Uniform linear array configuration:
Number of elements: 32
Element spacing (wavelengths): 0.5
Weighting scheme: blackman
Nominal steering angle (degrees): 15
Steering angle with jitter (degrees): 15.41
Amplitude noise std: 0.05
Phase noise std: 0.05

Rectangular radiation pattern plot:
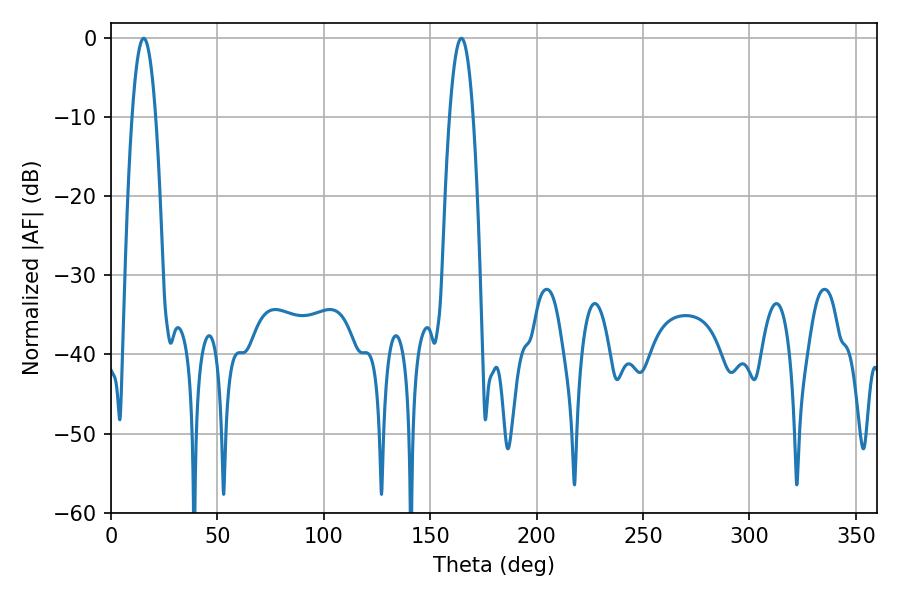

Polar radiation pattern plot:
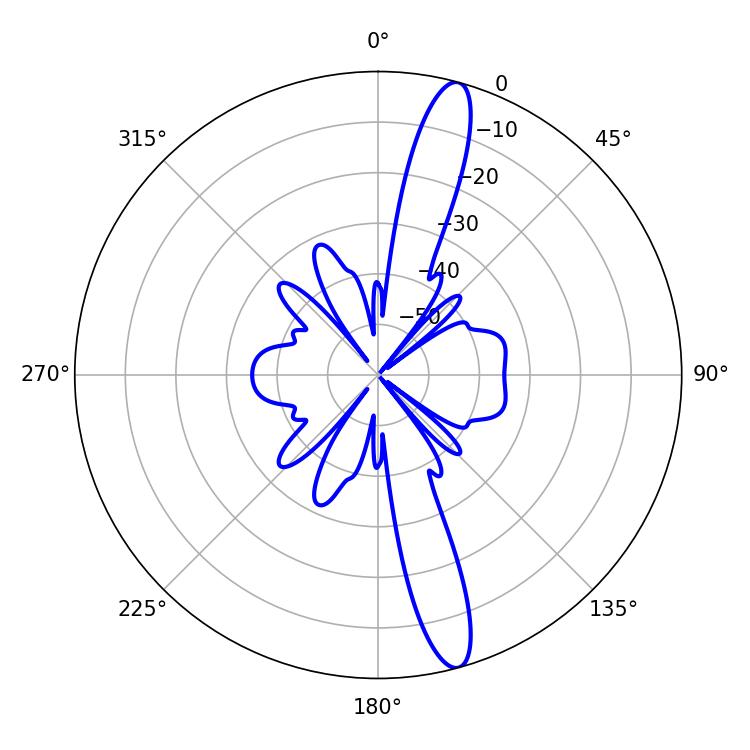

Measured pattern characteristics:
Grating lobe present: FALSE
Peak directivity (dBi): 15.155
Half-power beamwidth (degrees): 5.94
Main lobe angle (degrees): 15.3